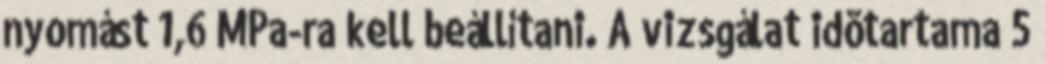
nyomást 1,6 MPa-ra kell beállítani. A vizsgálat idõtartama 5